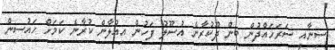
ސިނާއީ ސަރަހައްދުން ބިން ދޫކުރާނެ އުސޫލު ފަހުން އިއުލާން ކުރާނެ ކަމަށް ހައުސިން